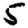
Digit: 5